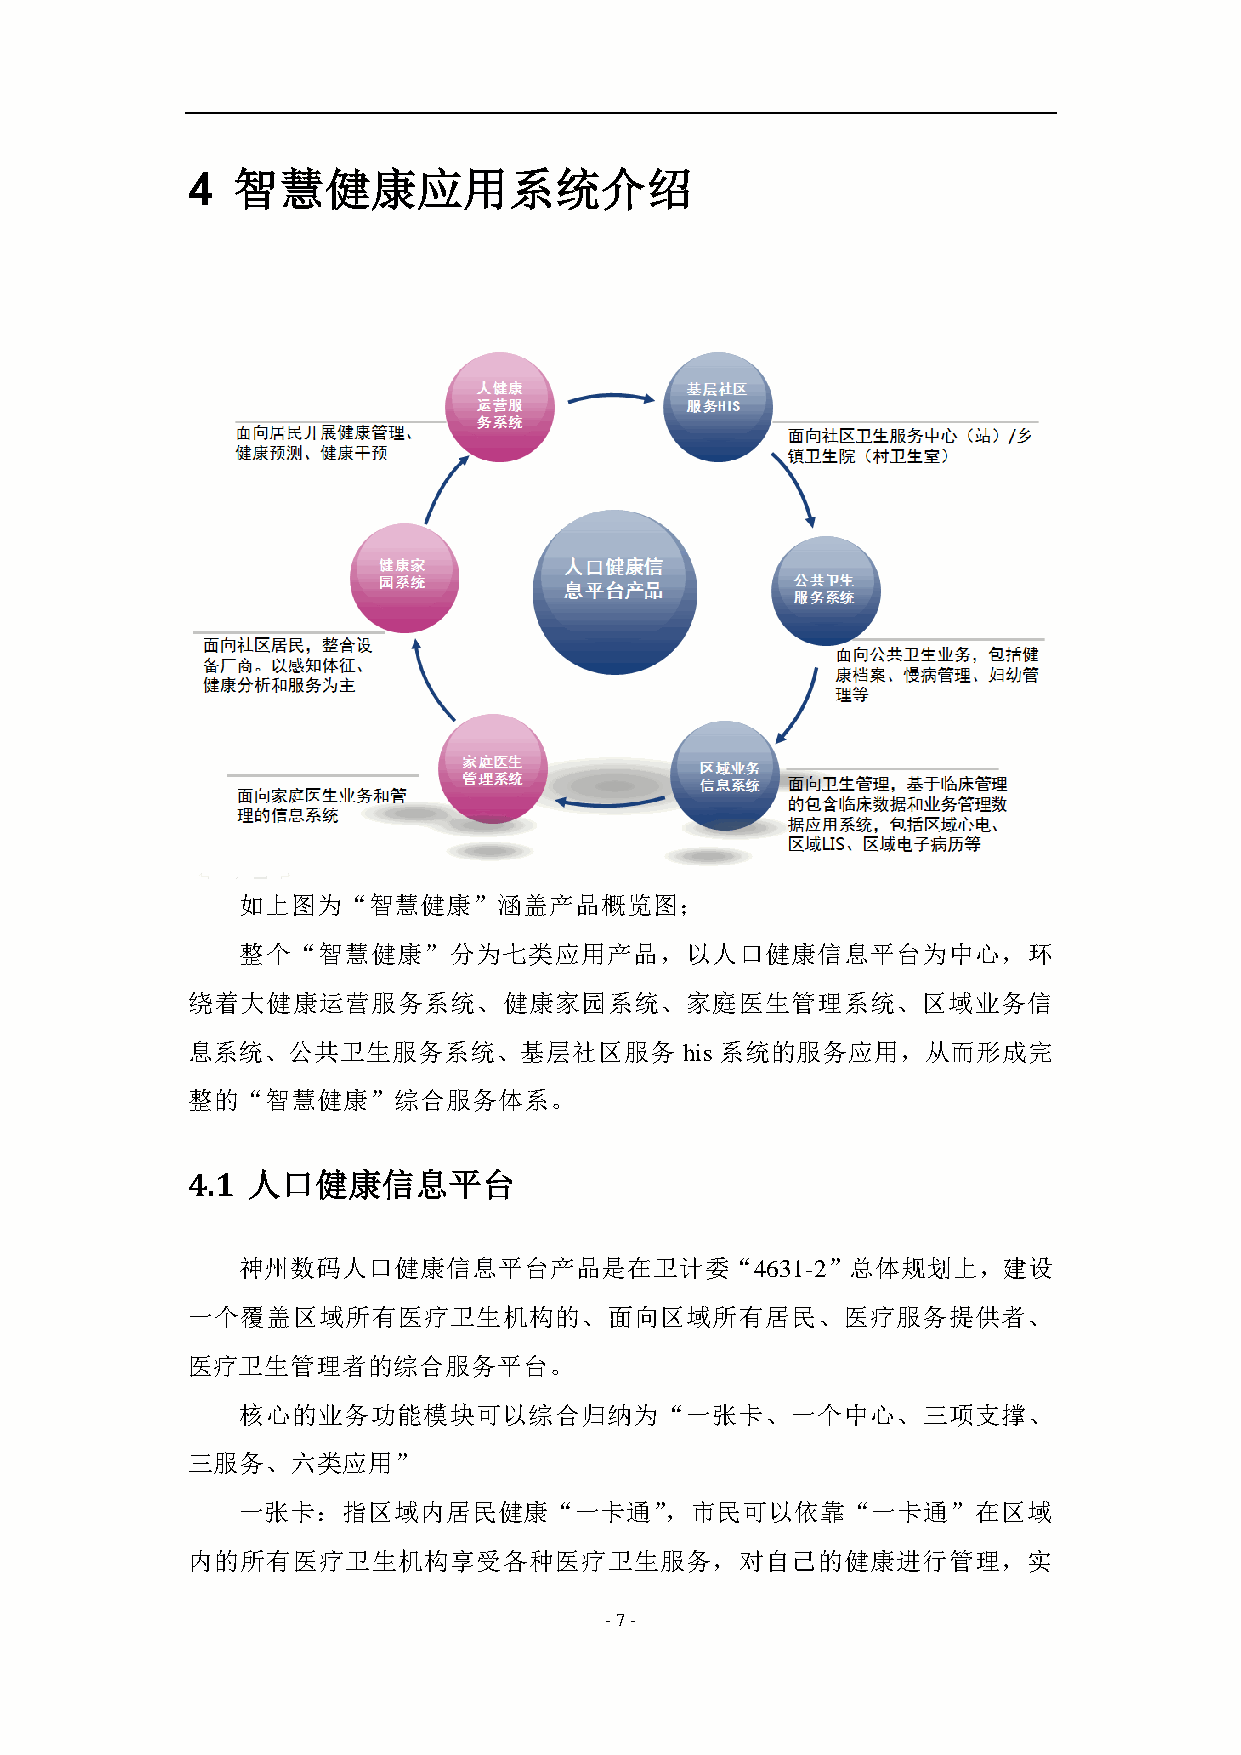
4  智慧健康应用系统介绍
 如上图为“智慧健康”涵盖产品概览图；
 整个“智慧健康”分为七类应用产品，以人口健康信息平台为中心，环
 绕着大健康运营服务系统、健康家园系统、家庭医生管理系统、区域业务信
 息系统、公共卫生服务系统、基层社区服务              his 系统的服务应用，从而形成完
 整的“智慧健康”综合服务体系。
 4.1 人口健康信息平台
 神州数码人口健康信息平台产品是在卫计委“4631-2”总体规划上，建设
 一个覆盖区域所有医疗卫生机构的、面向区域所有居民、医疗服务提供者、
 医疗卫生管理者的综合服务平台。
 核心的业务功能模块可以综合归纳为“一张卡、一个中心、三项支撑、
 三服务、六类应用”
 一张卡：指区域内居民健康“一卡通”，市民可以依靠“一卡通”在区域
 内的所有医疗卫生机构享受各种医疗卫生服务，对自己的健康进行管理，实
 - 7 -